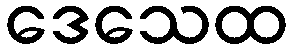
ဒေသေထ